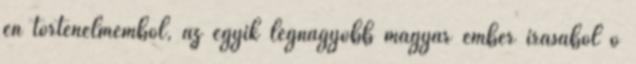
én történelmemből, az egyik legnagyobb magyar ember írásából ő